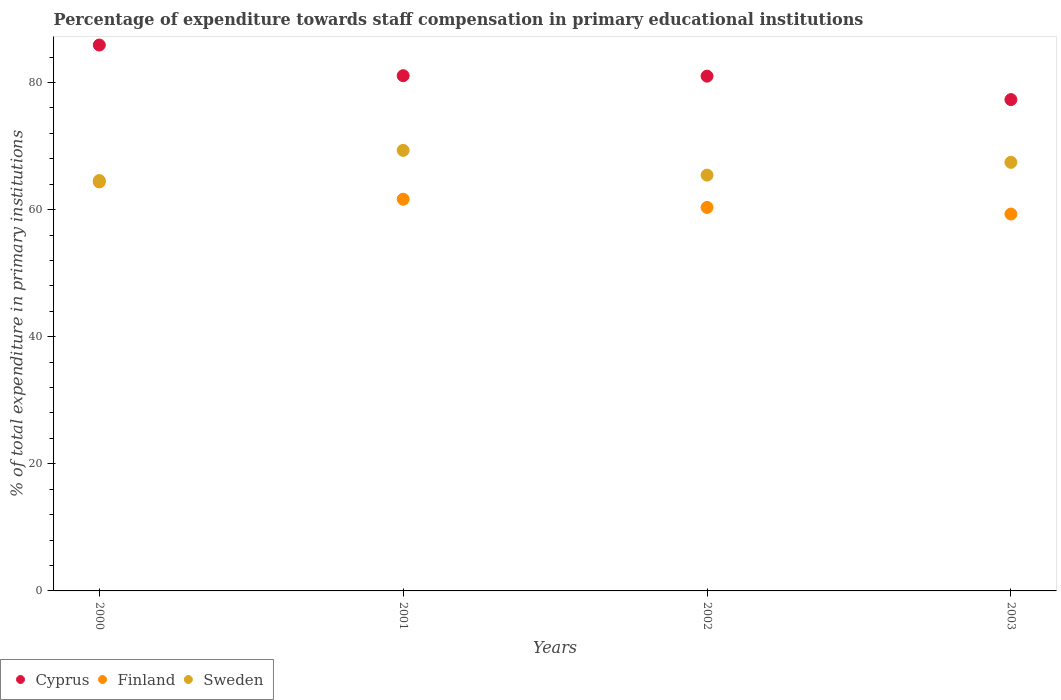
| Years | Cyprus | Finland | Sweden |
 | --- | --- | --- | --- |
 | 2000 | 85.9 | 64.4 | 64.6 |
 | 2001 | 81.1 | 61.6 | 69.3 |
 | 2002 | 81 | 60.3 | 65.4 |
 | 2003 | 77.3 | 59.3 | 67.4 |